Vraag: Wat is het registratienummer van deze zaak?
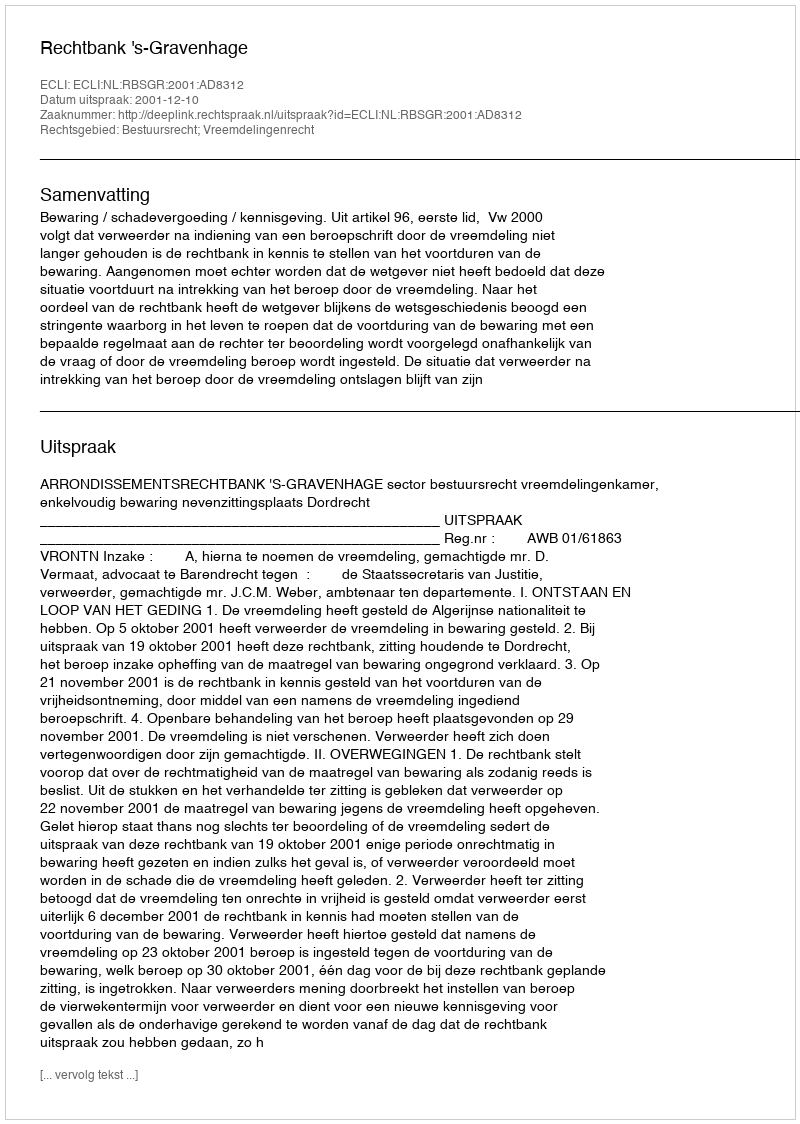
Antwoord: http://deeplink.rechtspraak.nl/uitspraak?id=ECLI:NL:RBSGR:2001:AD8312